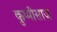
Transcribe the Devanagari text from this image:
कुप्पीसाज